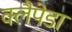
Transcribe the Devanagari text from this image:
क्लैपेडा